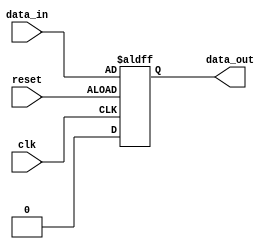
module latch_delay (
  input wire clk,
  input wire reset,
  input wire data_in,
  output reg data_out
);

reg data_latch;

always @(posedge clk or negedge reset)
begin
  if (reset == 1'b0) begin
    data_latch <= data_in;
  end
  else begin
    data_latch <= 1'b0;
  end
end

assign data_out = data_latch;

endmodule